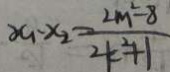
x _ { 1 } \cdot x _ { 2 } = \frac { 2 m ^ { 2 } - 8 } { 2 k ^ { 2 } + 1 }